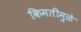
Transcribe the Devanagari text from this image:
किमतीमुळे